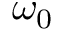
\omega _ { 0 }